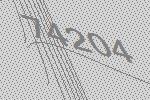
74204